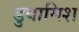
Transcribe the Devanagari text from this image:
डुवामिश